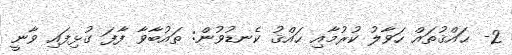
2- ޙައްޤުތައް ހަވާލު ކުރުމާއި ޙައްޤު ކެނޑުވުން: ތައުބާވާ ފާފަ ގުޅިފައި ވާނީ